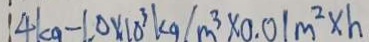
1 4 k g - 1 0 \times 1 0 ^ { 3 } k g / m ^ { 3 } \times 0 . 0 1 m ^ { 2 } \times h